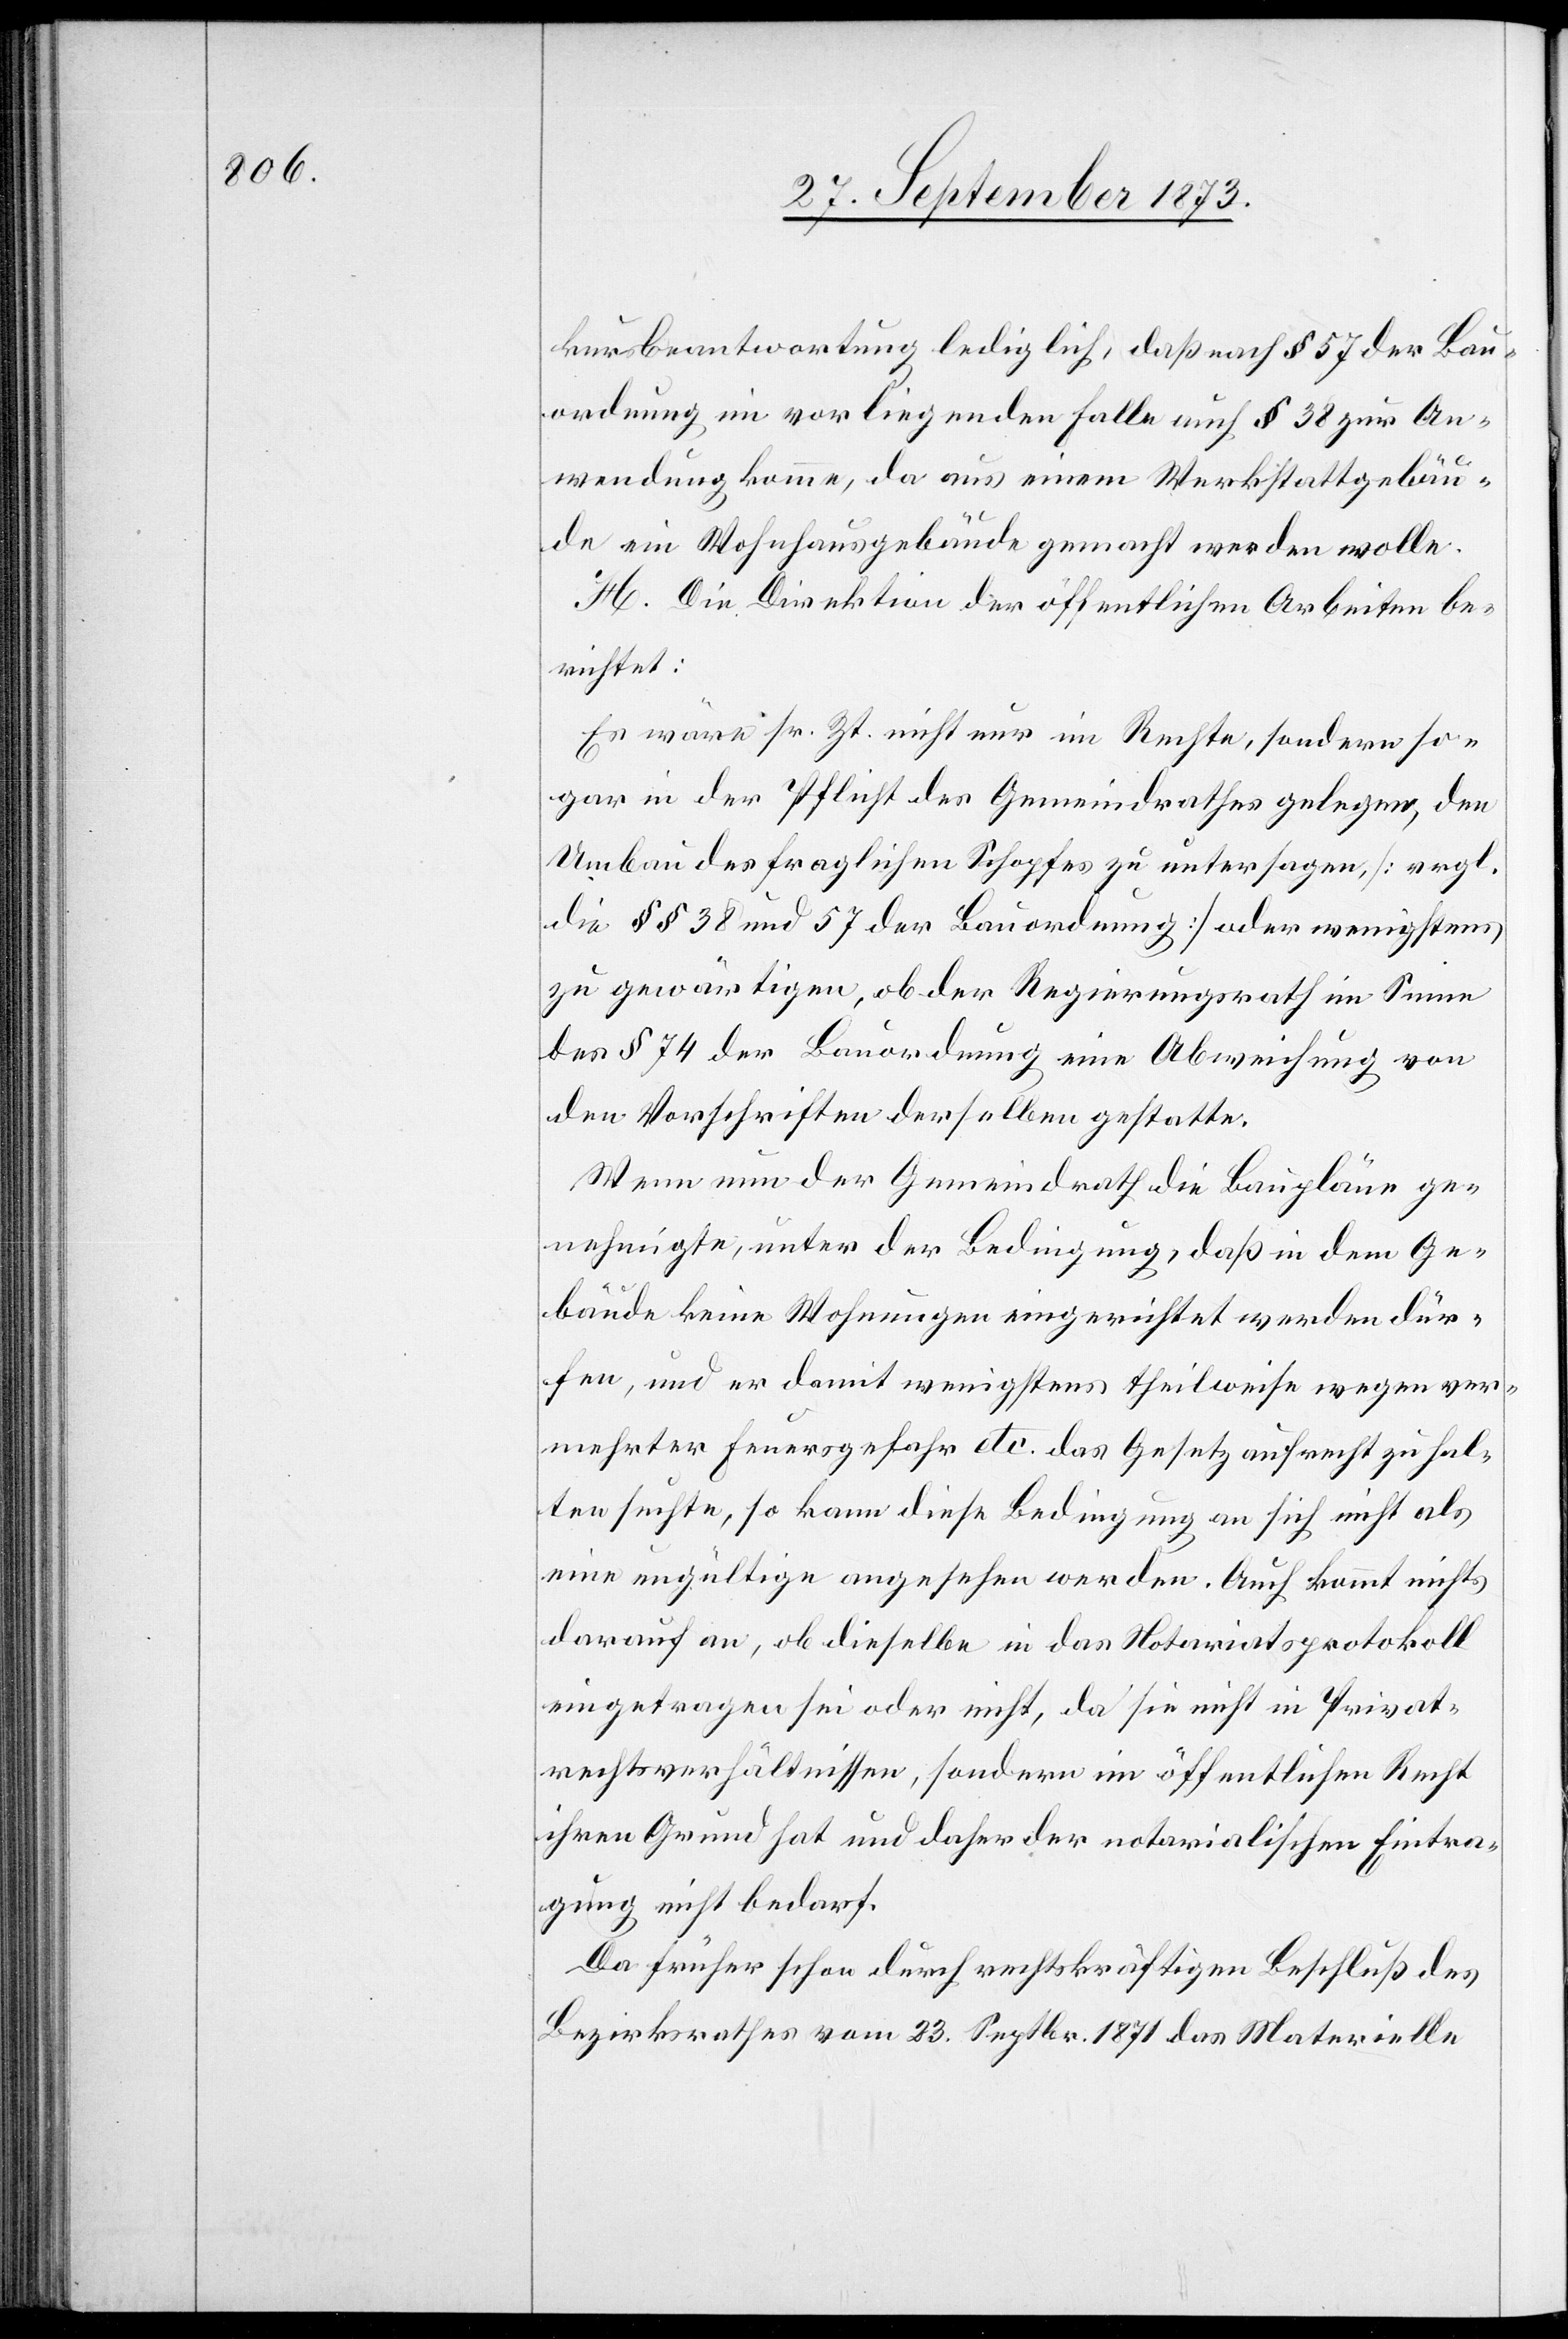
kursbeantwortung lediglich, daß nach § 57 der Bau¬
ordnung im vorliegenden Falle auch § 38 zur An¬
wendung komme, da aus einem Werkstattgebäu¬
de ein Wohnhausgebäude gemacht werden wolle.
H. Die Direktion der öffentlichen Arbeiten be¬
richtet:
Es wäre sr. Zt. nicht nur im Rechte, sondern so¬
gar in der Pflicht des Gemeindrathes gelegen, den
Umbau des fraglichen Schopfes zu untersagen, [vrgl.
die §§ 38 und 57 der Bauordnung] oder wenigstens
zu gewärtigen, ob der Regierungsrath im Sinne
des § 74 der Bauordnung eine Abweichung von
den Vorschriften derselben gestatte.
Wenn nun der Gemeindrath die Baupläne ge¬
nehmigte, unter der Bedingung, daß in dem Ge¬
bäude keine Wohnungen eingerichtet werden dür¬
fen, und er damit wenigstens theilweise wegen ver¬
mehrter Feuersgefahr etc. das Gesetz aufrecht zu hal¬
ten suchte, so kann diese Bedingung an sich nicht als
eine ungültige angesehen werden. Auch kommt nichts
darauf an, ob dieselbe in das Notariatsprotokoll
eingetragen sei oder nicht, da sie nicht in Privat¬
rechtsverhältnissen, sondern im öffentlichen Recht
ihren Grund hat und daher der notarialischen Eintra¬
gung nicht bedarf.
Da früher schon durch rechtskräftigen Beschluß des
Bezirksrathes vom 23. Septbr. 1871 das Materielle